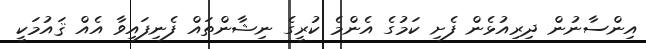
އިންސާނުން ދިރިއުޅެން ފެށި ކަމުގެ އެންމެ ކުރީގެ ނިޝާންތައް ފެނިފައިވާ އެއް ޤައުމަކީ